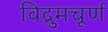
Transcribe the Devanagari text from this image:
विद्रुमचूर्ण